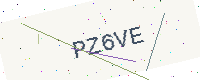
Text: PZ6VE